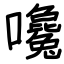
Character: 嚵